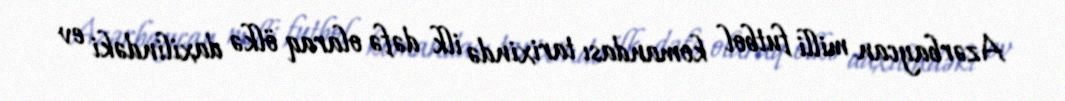
Azərbaycan milli futbol komandası tarixində ilk dəfə olaraq ölkə daxilindəki ev